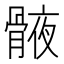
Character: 𮪯